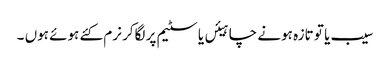
سیب یا تو تازہ ہونے چاہیئں یا سٹیم پر لگاکر نرم کئے ہوئے ہوں ۔